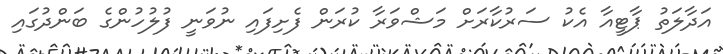
އަދާލަތު ޕާޓީއާ އެކު ސަރުކާރަށް މަޝްވަރާ ކުރަން ފެށިފައި ނުވަނީ ފުލުހުންގެ ބަންދުގައި